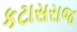
કટાસરાજ